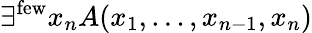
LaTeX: \exists^{\mathrm{few}}x_{n}A(x_{1},\ldots,x_{n-1},x_{n})